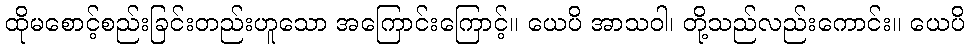
ထိုမစောင့်စည်းခြင်းတည်းဟူသော အကြောင်းကြောင့်။ ယေပိ အာသဝါ၊ တို့သည်လည်းကောင်း။ ယေပိ